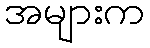
အများက